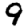
Digit: 9